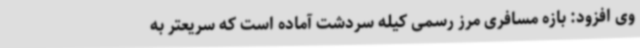
وی افزود: بازه مسافری مرز رسمی کیله سردشت آماده است که سریعتر به